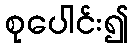
စုပေါင်း၍